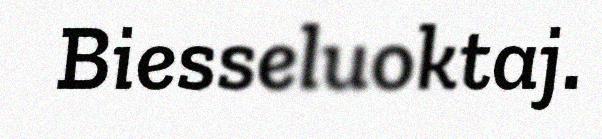
Biesseluoktaj.